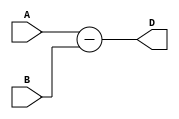
module Combinational_logic_blocks_Subtractor(
    input [3:0] A,
    input [3:0] B,
    output [3:0] D
);

assign D = A - B;

endmodule